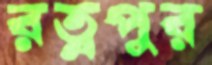
রত্নপুর